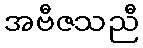
အဗီဇသညီ